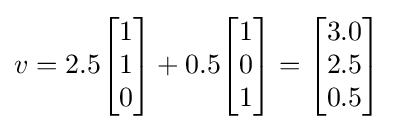
v=2.5{\begin{bmatrix}1\\1\\0\end{bmatrix}}+0.5{\begin{bmatrix}1\\0\\1\end{bmatrix}}={\begin{bmatrix}3.0\\2.5\\0.5\end{bmatrix}}